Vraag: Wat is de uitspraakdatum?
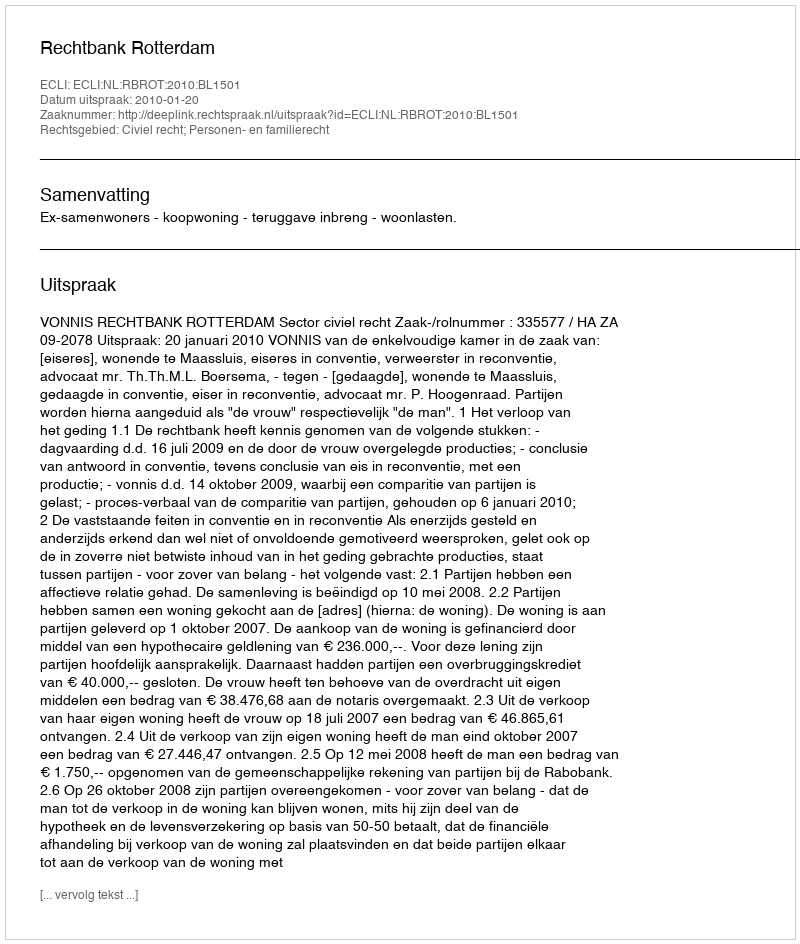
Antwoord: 2010-01-20